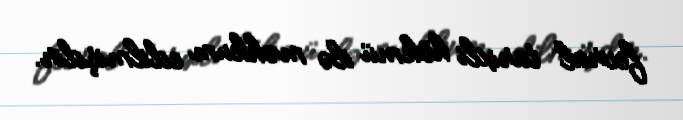
fevral tarixli hökmü ilə məhkum edilmişdir.